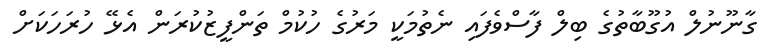
ގާނޫނުލް އުގޫބާތުގެ ބިލް ފާސްވެފައި ނެތުމަކީ މަރުގެ ހުކުމް ތަންފީޒުކުރަން އެޅޭ ހުރަހަކަށް